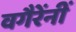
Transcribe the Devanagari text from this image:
वगैरेंनीं